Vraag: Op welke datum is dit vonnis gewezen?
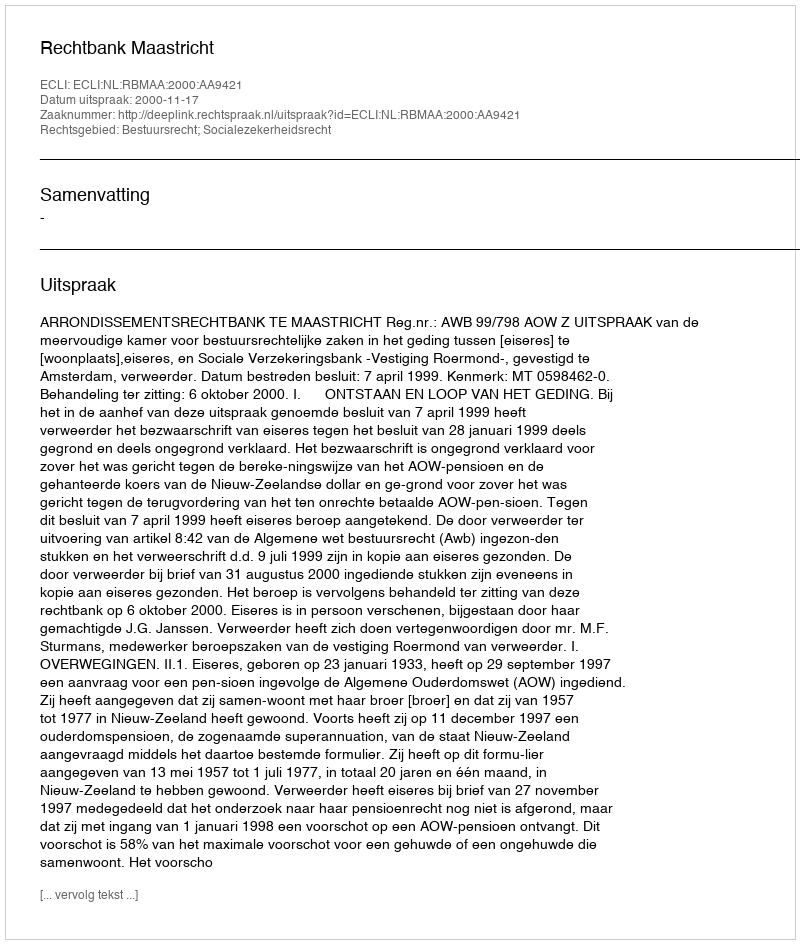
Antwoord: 2000-11-17